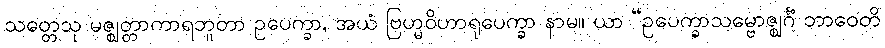
သတ္တေသု မဇ္ဈတ္တာကာရဘူတာ ဥပေက္ခာ, အယံ ဗြဟ္မဝိဟာရုပေက္ခာ နာမ။ ယာ “ဥပေက္ခာသမ္ဗောဇ္ဈင်္ဂံ ဘာဝေတိ